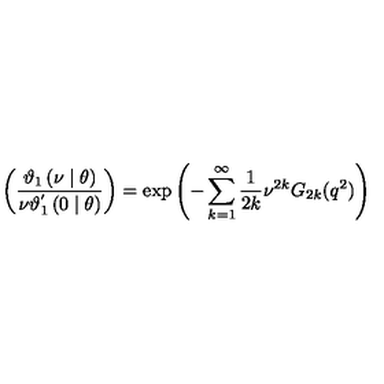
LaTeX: \left( \frac { \mathcal { \vartheta } _ { 1 } \left( \nu \mid \theta \right) } { \nu \mathcal { \vartheta } _ { 1 } ^ { ^ { \prime } } \left( 0 \mid \theta \right) } \right) = \exp \left( - \sum _ { k = 1 } ^ { \infty } \frac { 1 } { 2 k } \nu ^ { 2 k } G _ { 2 k } ( q ^ { 2 } ) \right)